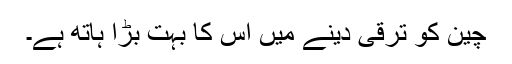
چین کو ترقی دینے میں اس کا بہت بڑا ہاتھ ہے۔